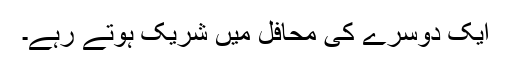
ایک دوسرے کی محافل میں شریک ہوتے رہے۔